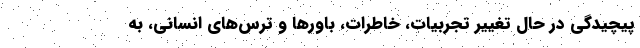
پیچیدگی در حال تغییر تجربیات، خاطرات، باورها و ترس‌های انسانی، به